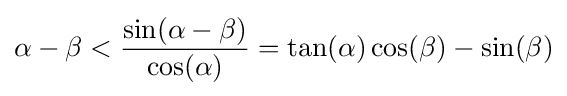
{\alpha -\beta }<{\frac {\sin(\alpha -\beta )}{\cos(\alpha )}}=\tan(\alpha )\cos(\beta )-\sin(\beta )